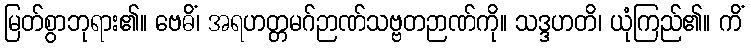
မြတ်စွာဘုရား၏။ ဗေဓိံ၊ အရဟတ္တမဂ်ဉာဏ်သဗ္ဗတဉာဏ်ကို။ သဒ္ဒဟတိ၊ ယုံကြည်၏။ ကိံ